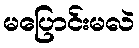
မပြောင်းမလဲ